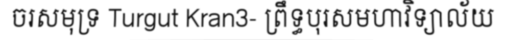
ចរសមុទ្រ Turgut Kran3- ព្រឹទ្ធបុរសមហាវិទ្យាល័យ